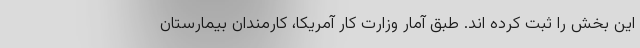
این بخش را ثبت کرده اند. طبق آمار وزارت کار آمریکا، کارمندان بیمارستان